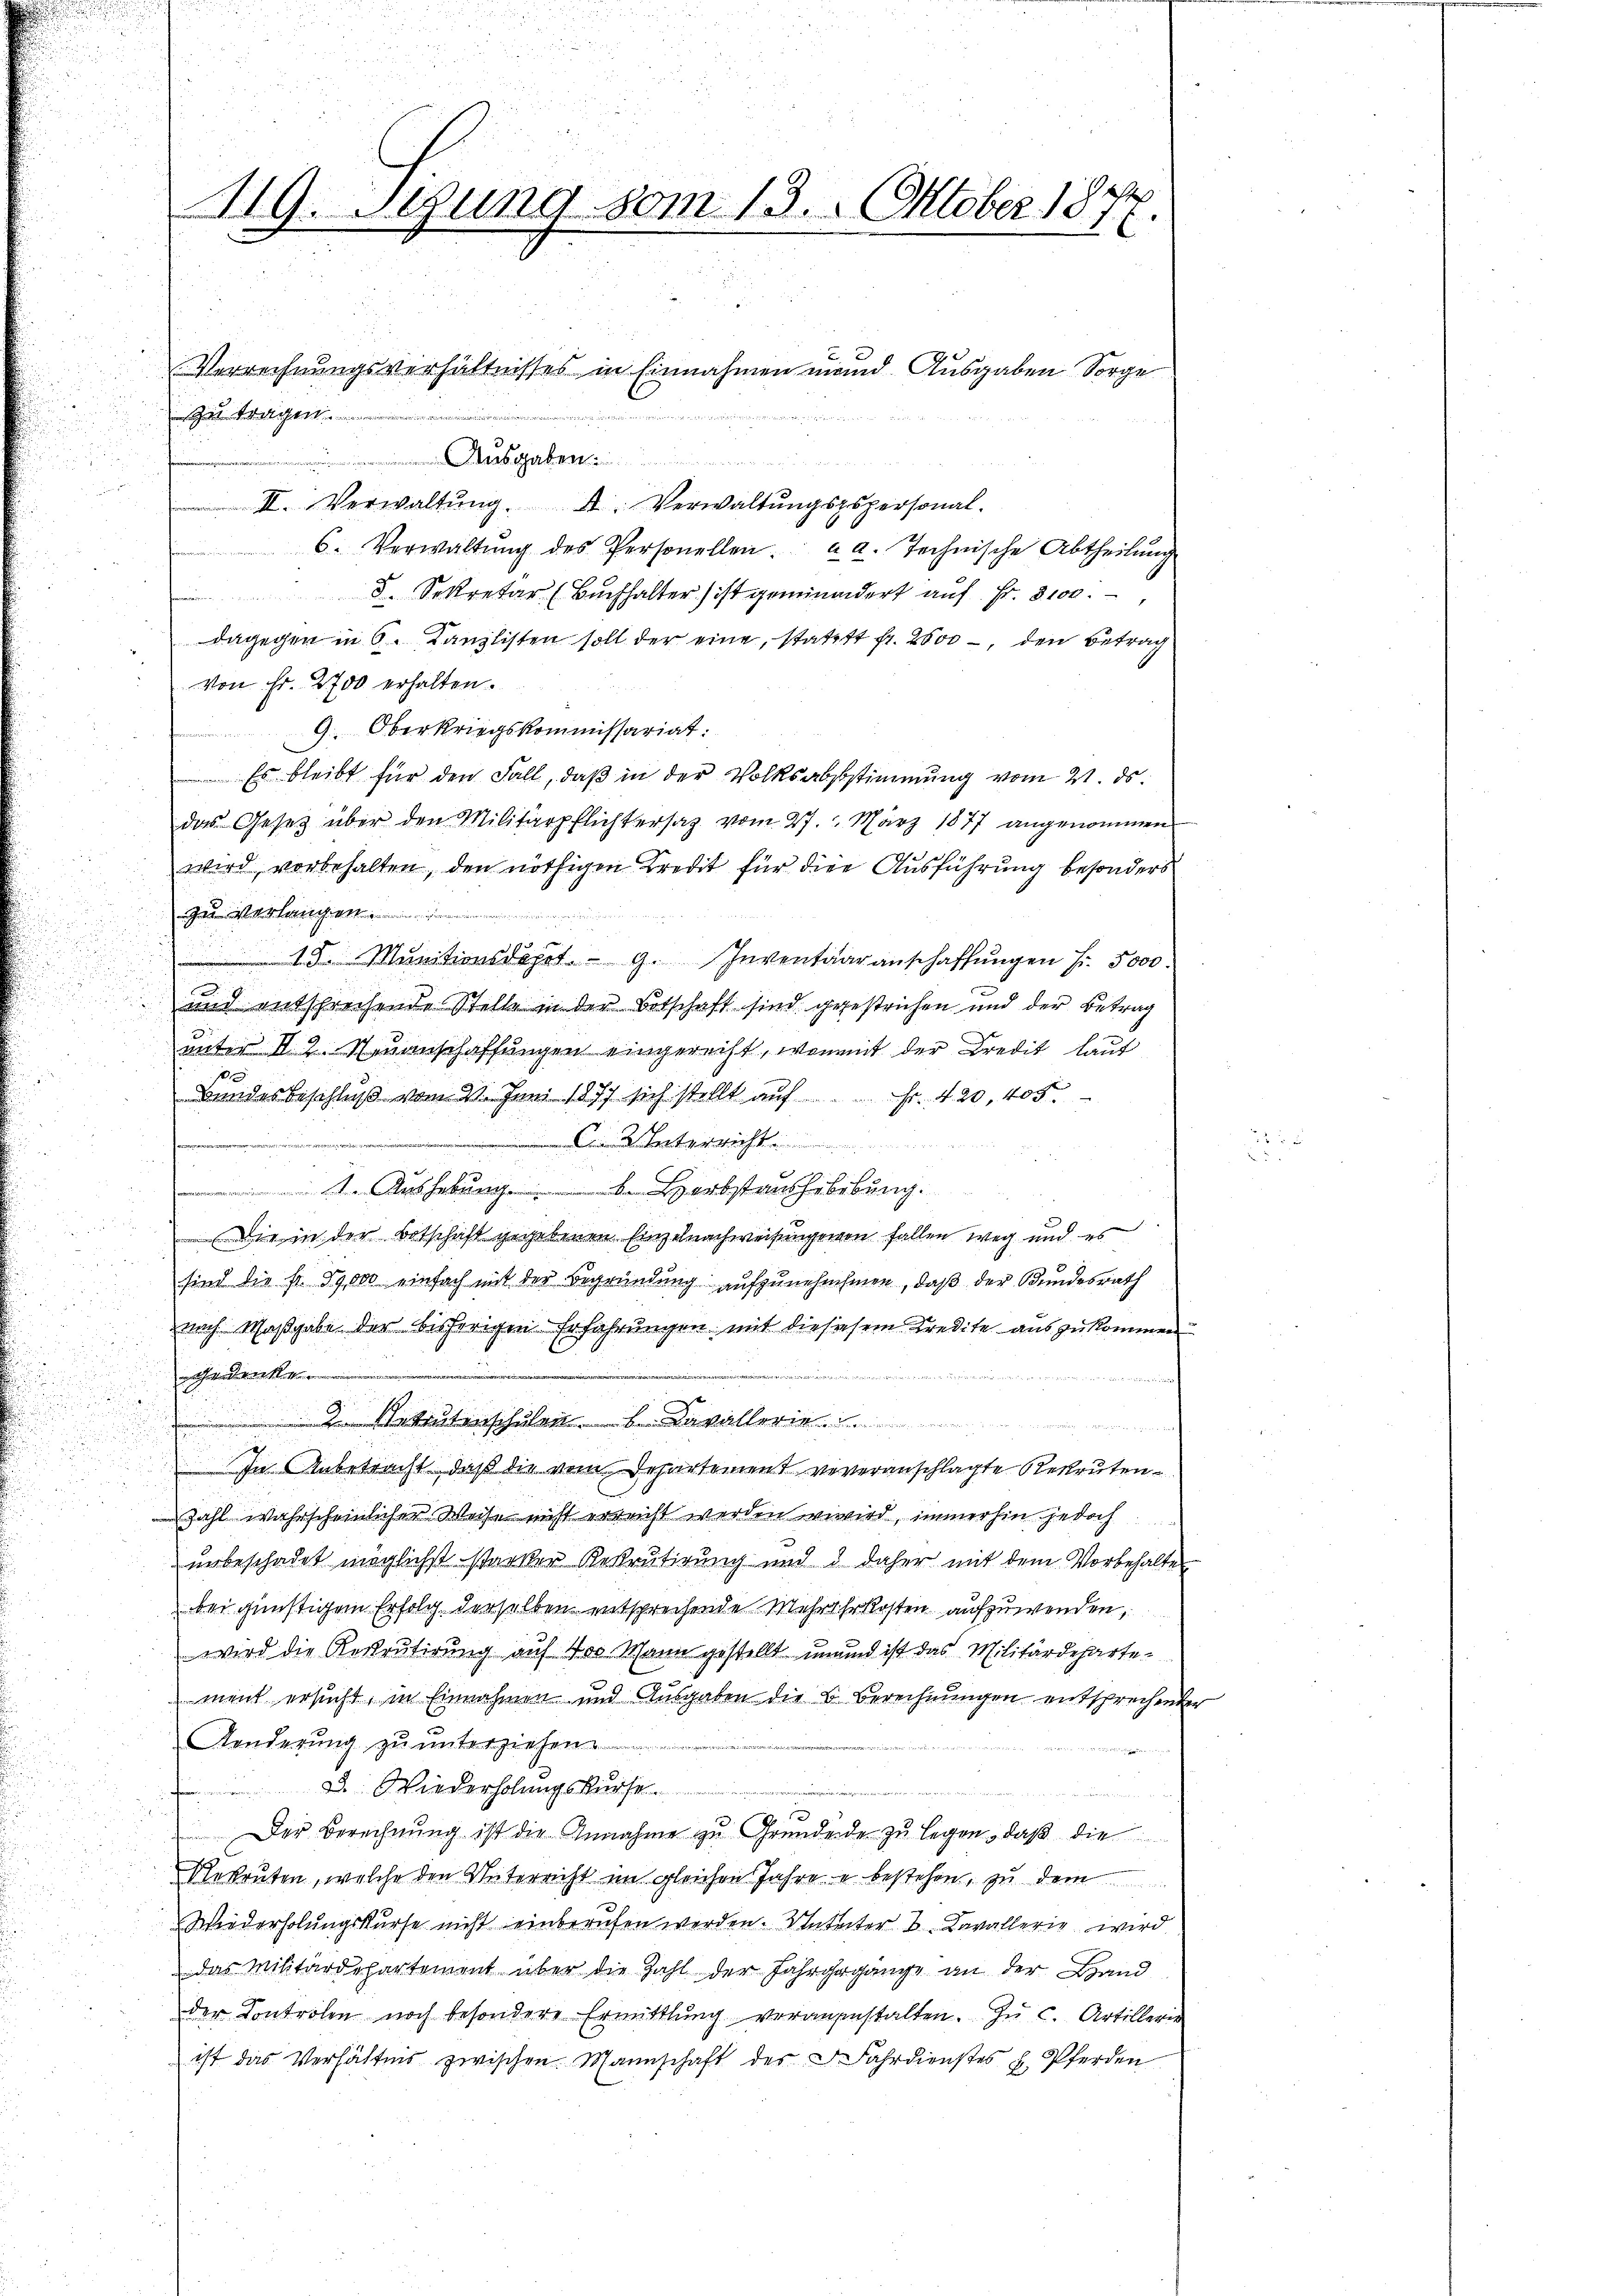
119. Sezung vom 13. Oktober 1872.

Int tragen
a
 ei
II. Verwaltŭng. A. Verwaltŭngszspersonal-
6. Verwaltŭng des Personellen. a. a. Technische Abtheilŭng
D. Sekretär (Buchhalter) ist geminandert aŭf Fr. 3100.
dagegen in 6. Kanzlisten soll der eine, statitt fr. 2000 -, den Betrag
Von Fr. 2700 erhalten.
9. Oberkriegskommissariat:
Es bleibt für den Fall, daß in der Volksabststimmung vom 21. ds.
das Gesetz über den Militärpflichtersaz vom 27. März 1877 angenommen
wird vorbehalten, den nöthigen Kredit für die Ausführung besonders
In verlangen
 13. Munitionsdeprt. 9. Inventaaranschaffŭngen Fr. 5000
 und entsprechende Stelle in der Botschaft sind gegestrichen und der Betrag
unter II. 2. Neuanschaffungen eingerecht, womit der Credit laut
Bundesbeschluß vom 21. Juni 1877 sich stellt aŭf Fr. 420, 405.
unterricht
i
  Aushebung.  Herbstaushibebung.
Die in der Botschaft gegebenen Einzelnachweisungengen fallen weg und es
u
sind die Fr. 19,000 einfach mit der Begründung aufzunehmhinen, daß der Bundesrath
znach Maßgabe der bisherigen Erfahrungen mit die siesem Kredite aus zukommen
Gedenk
ner seiner
ekrutenschulen Davaller
In Unbetracht, daß die vom Departement reveranschlagte Rekruten¬
Zahl wahrscheinlicher Weise nicht erreicht werden wird, immerhin jedoch
unbeschadet möglichst starker Rekrutigung und 3 daher mit dem Vorbehalter
bei günstigem Erfolg derselben entsprechende Mehrhrkosten aufzuwenden,
wird die Recrutirung auf 400 Mann gestellt und ist das Militärdepartement ersucht, in Einnahmen und Ausgaben die B. Berechnungen entsprechender
Aenderung zu unterziehen.

3. Wiederholungskurse
.
Der Berechnung ist die Annahme zu Grundende zu legen, daß die
Rekruten, welche den Unterricht im gleichen Jahre u bestehen, zu dem
Wiederholungskurse nicht einberufen werden. Unterter 2 Kavallerie wird
das Militärdepartement über die Zahl der Jahrgegange an der Hand
der Controlen noch besondere Ermittlung vorangestalten. Zŭ c. Artillerin
ist das Verhältnis zwischen Mannschaft des Fahrdienstes H. Pferden

Verrechnungsverhältnisses in Einnahmen mund Ausgaben Sorge